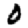
Digit: 0